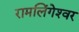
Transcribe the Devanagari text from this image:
रामलिंगेश्‍वर